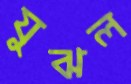
যুঝল